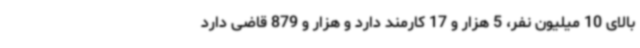
بالای 10 میلیون نفر، 5 هزار و 17 کارمند دارد و هزار و 879 قاضی دارد